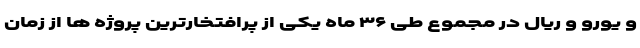
و یورو و ریال در مجموع طی ۳۶ ماه یکی از پرافتخارترین پروژه ها از زمان